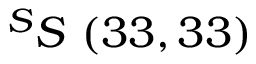
^ { S } S \ ( 3 3 , 3 3 )